Scottish Leaving Certificate Examination, 1961
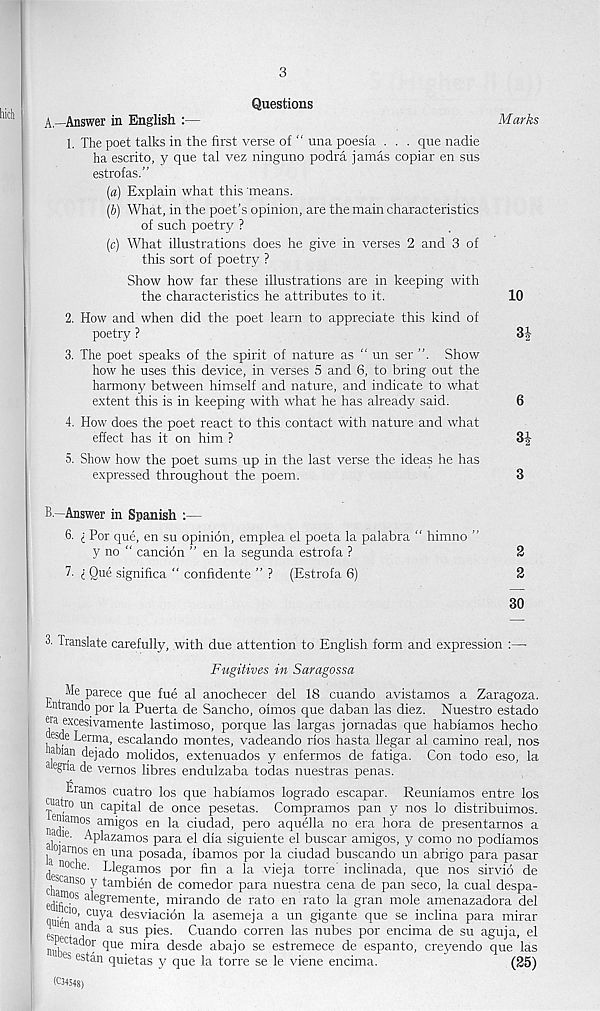
3
Questions
A—Answer in English :—
Marks
1. The poet talks in the first verse of “ una poesia . . . que nadie
ha escrito, y que tal vez ninguno podra jamas copiar en sus
estrofas.”
[a) Explain what this means.
[V) What, in the poet’s opinion, are the main characteristics
of such poetry ?
(c) What illustrations does he give in verses 2 and 3 of
this sort of poetry ?
Show how far these illustrations are in keeping with
the characteristics he attributes to it.
10
2. How and when did the poet learn to appreciate this kind of
poetry ?
3-|-
3. The poet speaks of the spirit of nature as “ un ser ”. Show
how he uses this device, in verses 5 and 6, to bring out the
harmony between himself and nature, and indicate to what
extent this is in keeping with what he has already said.
6
4. How does the poet react to this contact with nature and what
effect has it on him ?
3J
5. Show how the poet sums up in the last verse the ideas he has
expressed throughout the poem.
3
-Answer in Spanish :—
6. i For que, en su opinion, emplea el poeta la palabra “ himno ”
y no “ cancion ” en la segunda estrofa ?
7. i Que significa “ confidente ” ? (Estrofa 6)
2
2
30
3. Translate carefully, with due attention to English form and expression :—
Fugitives in Saragossa
Me parece que fue al anochecer del 18 cuando avistamos a Zaragoza,
hntrando por la Puerta de Sancho, oimos que daban las diez. Nuestro estado
era excesivamente lastimoso, porque las largas jornadas que habiamos hecho
esde Lerma, escalando montes, vadeando rios hasta Uegar al camino real, nos
abian dejado molidos, extenuados y enfermos de fatiga. Con todo eso, la
a e gna de vernos fibres endulzaba todas nuestras penas.
Eramos cuatro los que habiamos logrado escapar. Reuniamos entre los
'atro un capital de once pesetas. Compramos pan y nos lo distribuimos.
inamos amigos en la ciudad, pero aquella no era hora de presentarnos a
ie. Aplazamos para el dia siguiente el buscar amigos, y como no podiamos
la ' ain i°S en una Posada, ibamos por la ciudad buscando un abrigo para pasar
noche. Llegamos por fin a la vieja torre inclinada, que nos sirvio de
canso y tambien de comedor para nuestra cena de pan seco, la cual despa-
edif 105 ale & remen te, mirando de rato en rato la gran mole amenazadora del
cl o, cuya desviacion la asemeja a un gigante que se inclina para mirar
g en aa<aa a sus pies. Cuando corren las nubes por encima de su aguja, el
nuh a - ^u e m i ra descle abajo se estremece de espanto, creyendo que las
es es^an quietas y que la torre se le viene encima.
(25)
(C34548)